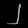
Digit: ၂